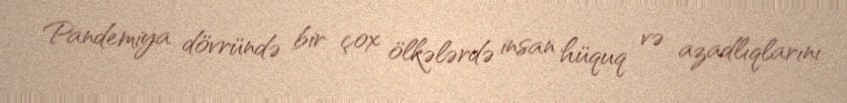
Pandemiya dövründə bir çox ölkələrdə insan hüquq və azadlıqlarını